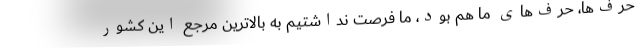
حرف‌ها، حرف‌های ما هم بود، ما فرصت نداشتیم به بالاترین مرجع این کشور